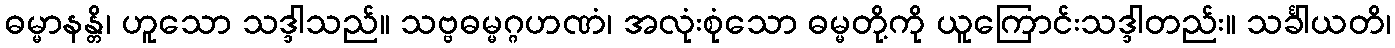
ဓမ္မာနန္တိ၊ ဟူသော သဒ္ဒါသည်။ သဗ္ဗဓမ္မဂ္ဂဟဏံ၊ အလုံးစုံသော ဓမ္မတို့ကို ယူကြောင်းသဒ္ဒါတည်း။ သင်္ခါယတိ၊